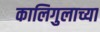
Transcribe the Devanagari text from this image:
कालिगुलाच्या